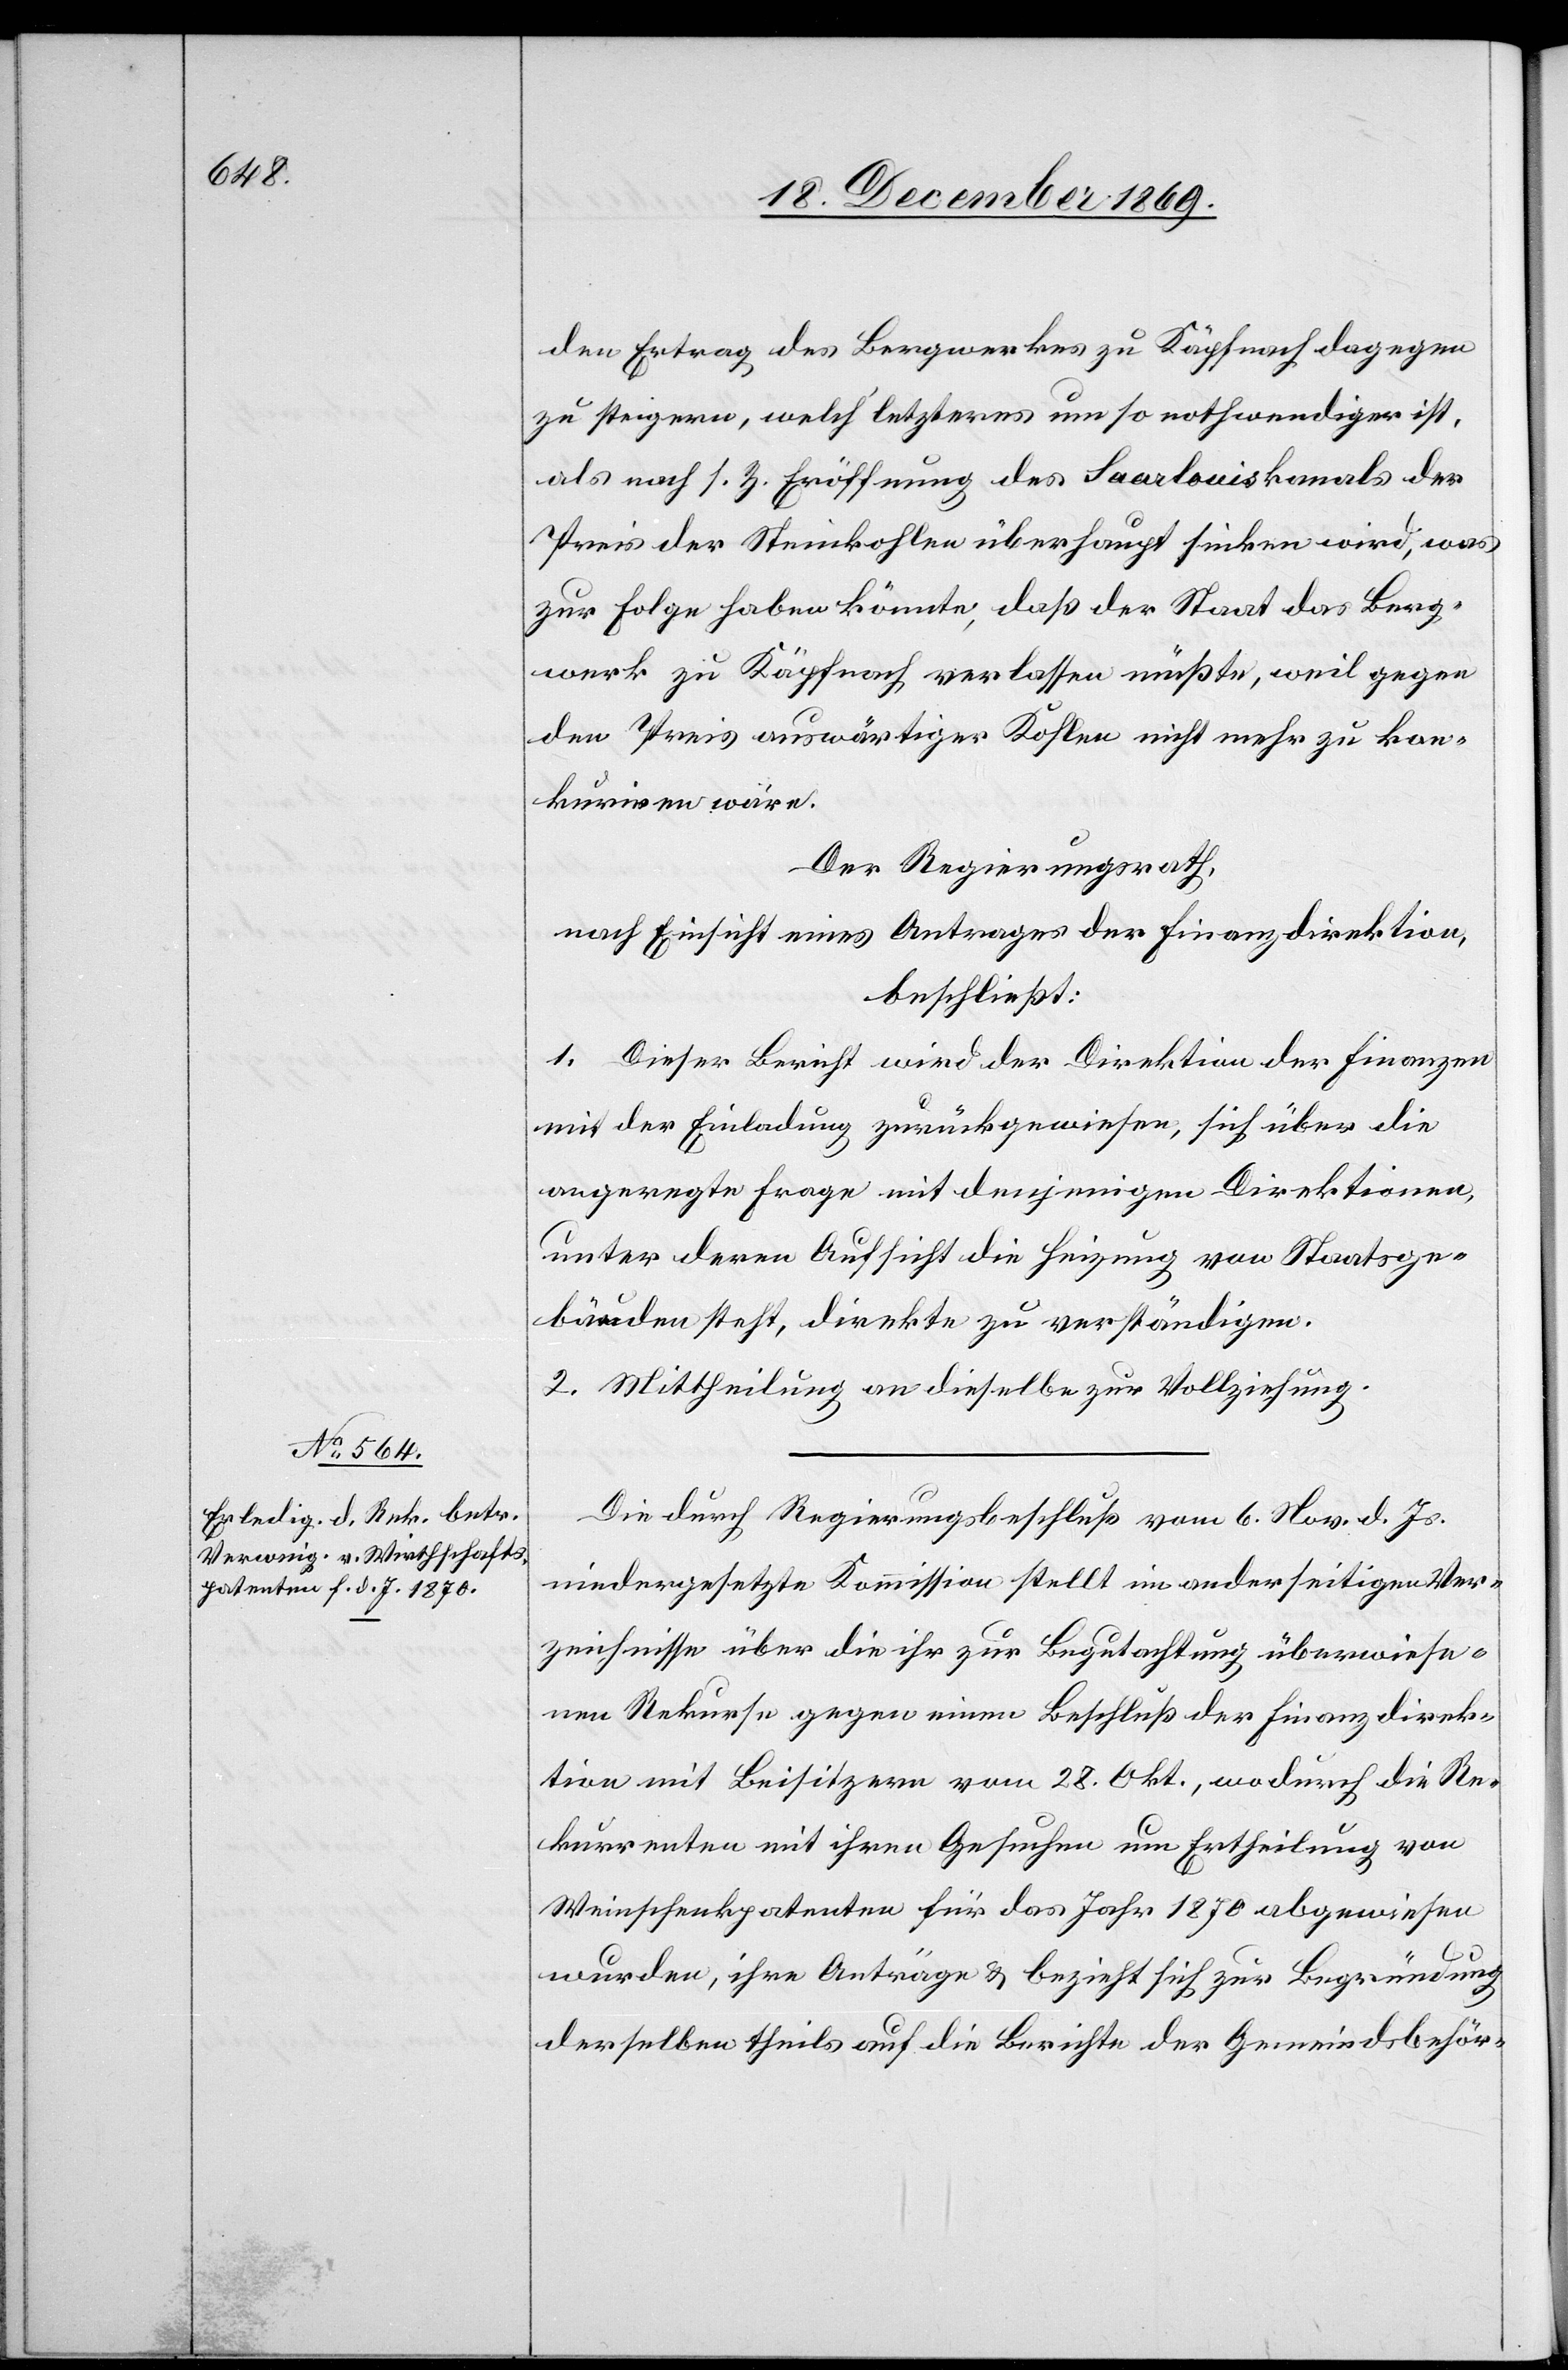
den Ertrag des Bergwerkes zu Käpfnach dagegen
zu steigern, welch‘ letzteres um so nothwendiger ist,
als nach s. Z. Eröffnung des Saarlouiskanals der
Preis der Steinkohlen überhaupt sinken wird, was
zur Folge haben könnte, daß der Staat das Berg¬
werk zu Käpfnach verlassen müßte, weil gegen
den Preis auswärtiger Kohlen nicht mehr zu kon¬
kuriren wäre.
Der Regierungsrath,
nach Einsicht eines Antrages der Finanzdirektion,
beschließt:
1. Dieser Bericht wird der Direktion der Finanzen
mit der Einladung zurückgewiesen, sich über die
angeregte Frage mit denjenigen Direktionen,
unter deren Aufsicht die Heizung von Staatsge¬
bäuden steht, direkte zu verständigen.
2. Mittheilung an dieselbe zur Vollziehung.
Die durch Regierungsbeschluß vom 6. Nov. d. Js.
niedergesetzte Kommission stellt im anderseitigen Ver¬
zeichnisse über die ihr zur Begutachtung überwiese¬
nen Rekurse gegen einen Beschluß der Finanzdirek¬
tion mit Beisitzern vom 28. Okt., wodurch die Re¬
kurrenten mit ihren Gesuchen um Ertheilung von
Weinschenkpatenten für das Jahr 1870 abgewiesen
wurden, ihre Anträge & bezieht sich zur Begründung
derselben theils auf die Berichte der Gemeindsbehör-